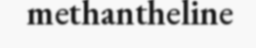
methantheline